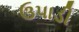
ઉપાડી